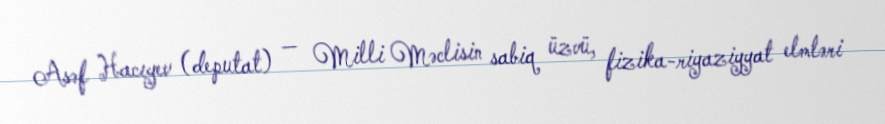
Asəf Hacıyev (deputat) — Milli Məclisin sabiq üzvü, fizika-riyaziyyat elmləri